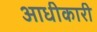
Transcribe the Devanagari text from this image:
आधीकारी